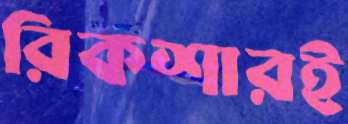
রিকশারই